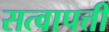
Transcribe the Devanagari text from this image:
सत्वापत्ती